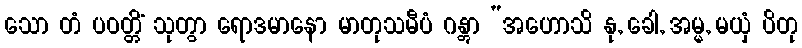
သော တံ ပဝတ္တိံ သုတွာ ရောဒမာနော မာတုသမီပံ ဂန္တွာ “အဟောသိ နု, ခေါ, အမ္မ, မယှံ ပိတု